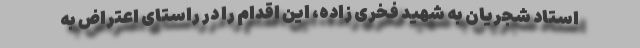
استاد شجریان به شهید فخری زاده، این اقدام را در راستای اعتراض به